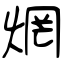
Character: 焹